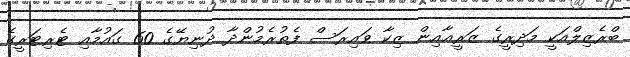
ބްރެޒިލްއަކީ މަދިރީގެ ޒަރީޢާއިން ޒިކާ ވައިރަސް ފެތުރެމުންދާ ދުނިޔޭގެ 60 ގައުމާއި ޓެރިޓަރީގެ